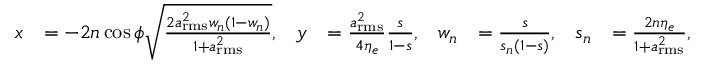
\begin{array} { r l r l r l r l } { x } & { = - 2 n \cos \phi \sqrt { \frac { 2 a _ { \mathrm { r m s } } ^ { 2 } w _ { n } ( 1 - w _ { n } ) } { 1 + a _ { \mathrm { r m s } } ^ { 2 } } } , } & { y } & { = \frac { a _ { \mathrm { r m s } } ^ { 2 } } { 4 \eta _ { e } } \frac { s } { 1 - s } , } & { w _ { n } } & { = \frac { s } { s _ { n } ( 1 - s ) } , } & { s _ { n } } & { = \frac { 2 n \eta _ { e } } { 1 + a _ { \mathrm { r m s } } ^ { 2 } } , } \end{array}